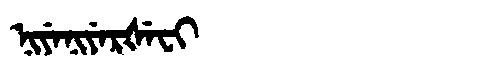
Manchu: ᠨᡳᠶᡝᠨᡳᠶᡝᡵᡧᡝᠸᡳ
Romanization: NIYENIYERŠEFI